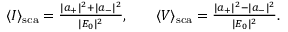
\begin{array} { r l r } { \langle I \rangle _ { \mathrm { { s c a } } } = \frac { | a _ { + } | ^ { 2 } + | a _ { - } | ^ { 2 } } { | E _ { 0 } | ^ { 2 } } , } & { { } } & { \langle V \rangle _ { \mathrm { { s c a } } } = \frac { | a _ { + } | ^ { 2 } - | a _ { - } | ^ { 2 } } { | E _ { 0 } | ^ { 2 } } . } \end{array}